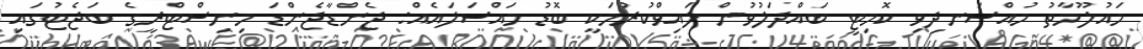
މައުލޫމާތު މުއްސަނދިވި ކޮމިޓީ ބައްދަލުވުން ލައިވްކުރުމަކީ ބޮޑު މައްސަލައެއް: ޖެންޑާޖެންޑަ މިނިސްޓްރީގެ ބަޖެޓުގައި